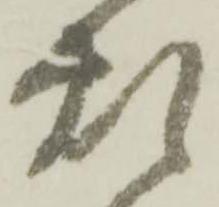
煩